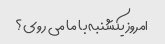
امروز یکشنبه با ما می روی؟